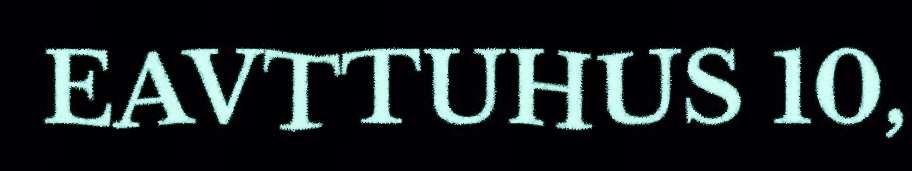
EAVTTUHUS 10,